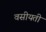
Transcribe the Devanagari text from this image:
वसीयती